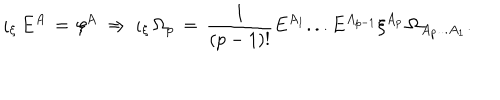
\iota _ { \xi } \, E ^ { A } \, = \, \xi ^ { A } \ \Rightarrow \ \iota _ { \xi } \, \Omega _ { p } \, = \, \frac { 1 } { ( p - 1 ) ! } E ^ { A _ { 1 } } . . . E ^ { A _ { p - 1 } } \xi ^ { A _ { p } } \, \Omega _ { A _ { p } . . . A _ { 1 } } .